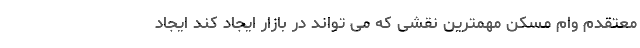
معتقدم وام مسکن مهمترین نقشی که می تواند در بازار ایجاد کند ایجاد